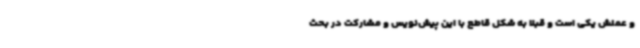
و عملش یکی است و قبلا به شکل قاطع با این پیش‌نویس و مشارکت در بحث